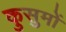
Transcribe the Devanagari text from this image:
कुसुमों